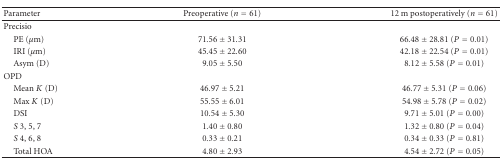
<table><thead><tr><td><b>Parameter</b></td><td><b>Preoperative (<i>n</i> = 61)</b></td><td><b>12 m postoperatively (<i>n</i> = 61)</b></td></tr></thead><tbody><tr><td>Precisio</td><td></td><td></td></tr><tr><td> PE (<i>μ</i>m)</td><td>71.56 ± 31.31</td><td>66.48 ± 28.81 (<i>P</i> = 0.01)</td></tr><tr><td> IRI (<i>μ</i>m)</td><td>45.45 ± 22.60</td><td>42.18 ± 22.54 (<i>P</i> = 0.01)</td></tr><tr><td> Asym (D)</td><td>9.05 ± 5.50</td><td>8.12 ± 5.58 (<i>P</i> = 0.01)</td></tr><tr><td>OPD</td><td></td><td></td></tr><tr><td> Mean <i>K</i> (D)</td><td>46.97 ± 5.21</td><td>46.77 ± 5.31 (<i>P</i> = 0.06)</td></tr><tr><td> Max <i>K</i> (D)</td><td>55.55 ± 6.01</td><td>54.98 ± 5.78 (<i>P</i> = 0.02)</td></tr><tr><td> DSI</td><td>10.54 ± 5.30</td><td>9.71 ± 5.01 (<i>P</i> = 0.00)</td></tr><tr><td> <i>S</i> 3, 5, 7</td><td>1.40 ± 0.80</td><td>1.32 ± 0.80 (<i>P</i> = 0.04)</td></tr><tr><td> <i>S</i> 4, 6, 8</td><td>0.33 ± 0.21</td><td>0.34 ± 0.33 (<i>P</i> = 0.81)</td></tr><tr><td> Total HOA</td><td>4.80 ± 2.93</td><td>4.54 ± 2.72 (<i>P</i> = 0.05)</td></tr></tbody></table>